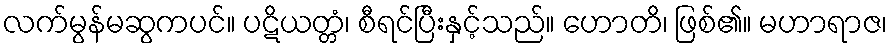
လက်မွန်မဆွကပင်။ ပဋိယတ္တံ၊ စီရင်ပြီးနှင့်သည်။ ဟောတိ၊ ဖြစ်၏။ မဟာရာဇ၊